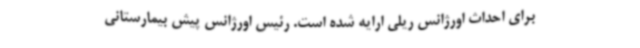
برای احداث اورژانس ریلی ارایه شده است. رئیس اورژانس پیش بیمارستانی